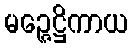
မဉ္ဇေဋ္ဌိကာယ